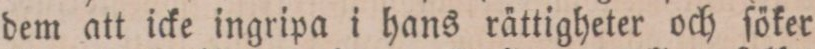
dem att icke ingripa i hans rättigheter och ſöker